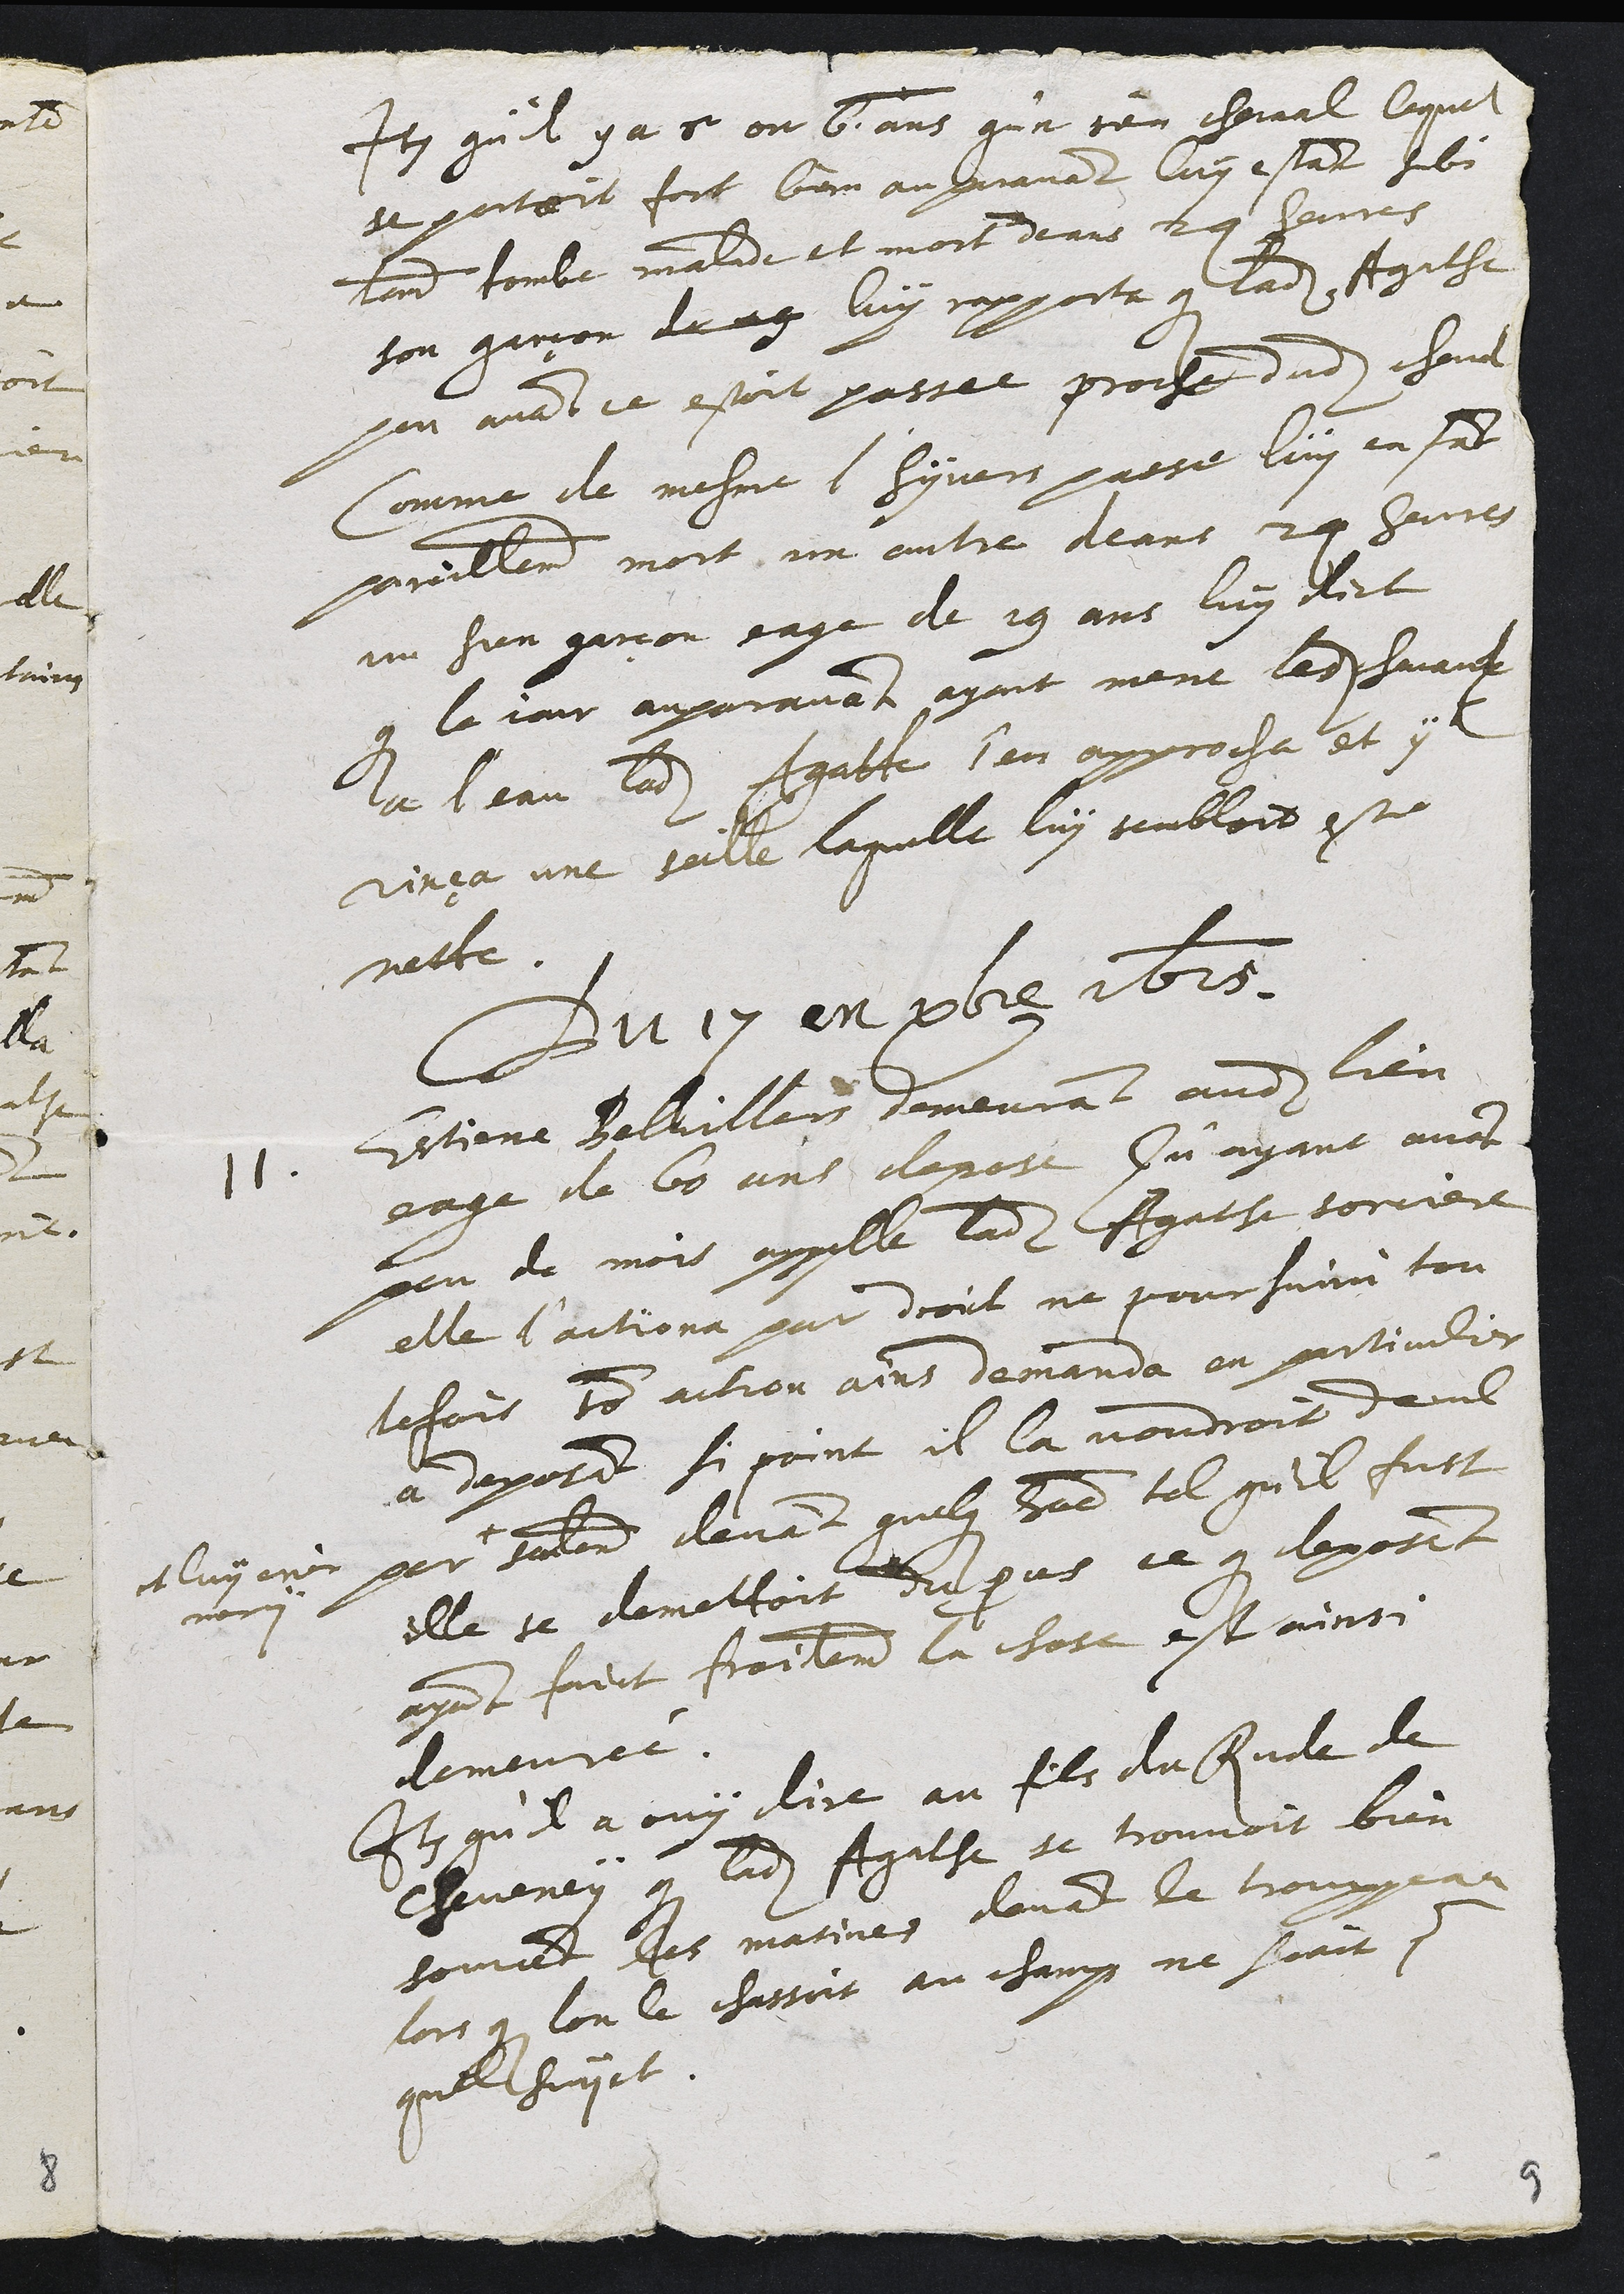
Item qu'il y a 5 ou 6 ans qu'un sien cheval lequel
se portoit fort bien auparavant luy estant subi
tement tombe malade et mort deans 24 heures
son garçon de ag luy rapporta que ladite Agathe
peu avant ce estoit passee proche dudit cheval
Comme de mesme l'hyver passe luy en fust
pareillement mort un autre deans 24 heures
un sien garçon eage de 19 ans luy dict
que le jour auparavant ayant mene ledit chevaul
a l'eau ladite Agathe s'en approcha et y
rinça une seille laquelle luy sembloit estre
nette.
Du 17 en décembre 1615.
11. Estienne Belvillers demeurant audit lieu
eage de 60 ans depose Qu'ayant avant
peu de mois appelle ladite Agathe sorciere
elle l'actiona par droict ne poursuivit tou
tefois son action ains demanda en particulier
a deposant si point il la voudroit decul
per +
et luy crier
mercy
seulement devant quelque homme tel qu'il fust
elle se demettoit du proces ce que deposant
ayant faict froidement la chose est ainsi
demeurée
Item qu'il a ouy dire au fils du Rude de
Cheveney que ladite Agathe se trouvoit bien
souvent les matines devant la trouppeau
lors que lon le chassoit au champ ne scait pour
quel suyet.